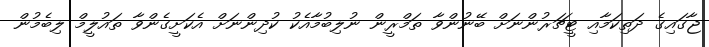
ޖާގައިގެ ދަތިކަމާއި ޓީޗަރުންނަށް ބޭނުންވާ ތަމްރީން ނުލިބުމާއެކު ކުދިންނަށް އެކަށީގެންވާ ތައުލީމް ލިބެމުން